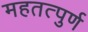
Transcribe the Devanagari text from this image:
महतत्पुर्ण